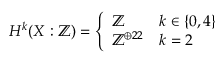
H ^ { k } ( X : \mathbb { Z } ) = { \left\{ \begin{array} { l l } { \mathbb { Z } } & { k \in \{ 0 , 4 \} } \\ { \mathbb { Z } ^ { \oplus 2 2 } } & { k = 2 } \end{array} \right. }